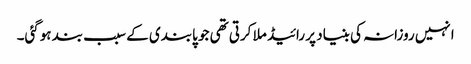
انہیں روزانہ کی بنیاد پر رائیڈ ملا کرتی تھی جو پابندی کے سبب بند ہوگئی۔